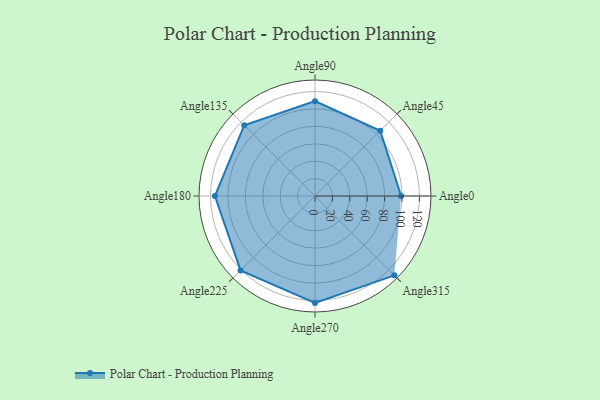
{"axis": {"x": "Angle", "y": "Radius"}, "legend": [""], "data": [{"x": "Angle0", "y": 99.0, "type": ""}, {"x": "Angle45", "y": 106.0, "type": ""}, {"x": "Angle90", "y": 109.0, "type": ""}, {"x": "Angle135", "y": 115.0, "type": ""}, {"x": "Angle180", "y": 115.0, "type": ""}, {"x": "Angle225", "y": 121.0, "type": ""}, {"x": "Angle270", "y": 123.0, "type": ""}, {"x": "Angle315", "y": 129.0, "type": ""}]}